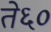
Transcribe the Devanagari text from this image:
ते६०